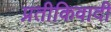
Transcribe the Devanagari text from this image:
प्रतीकिवादी